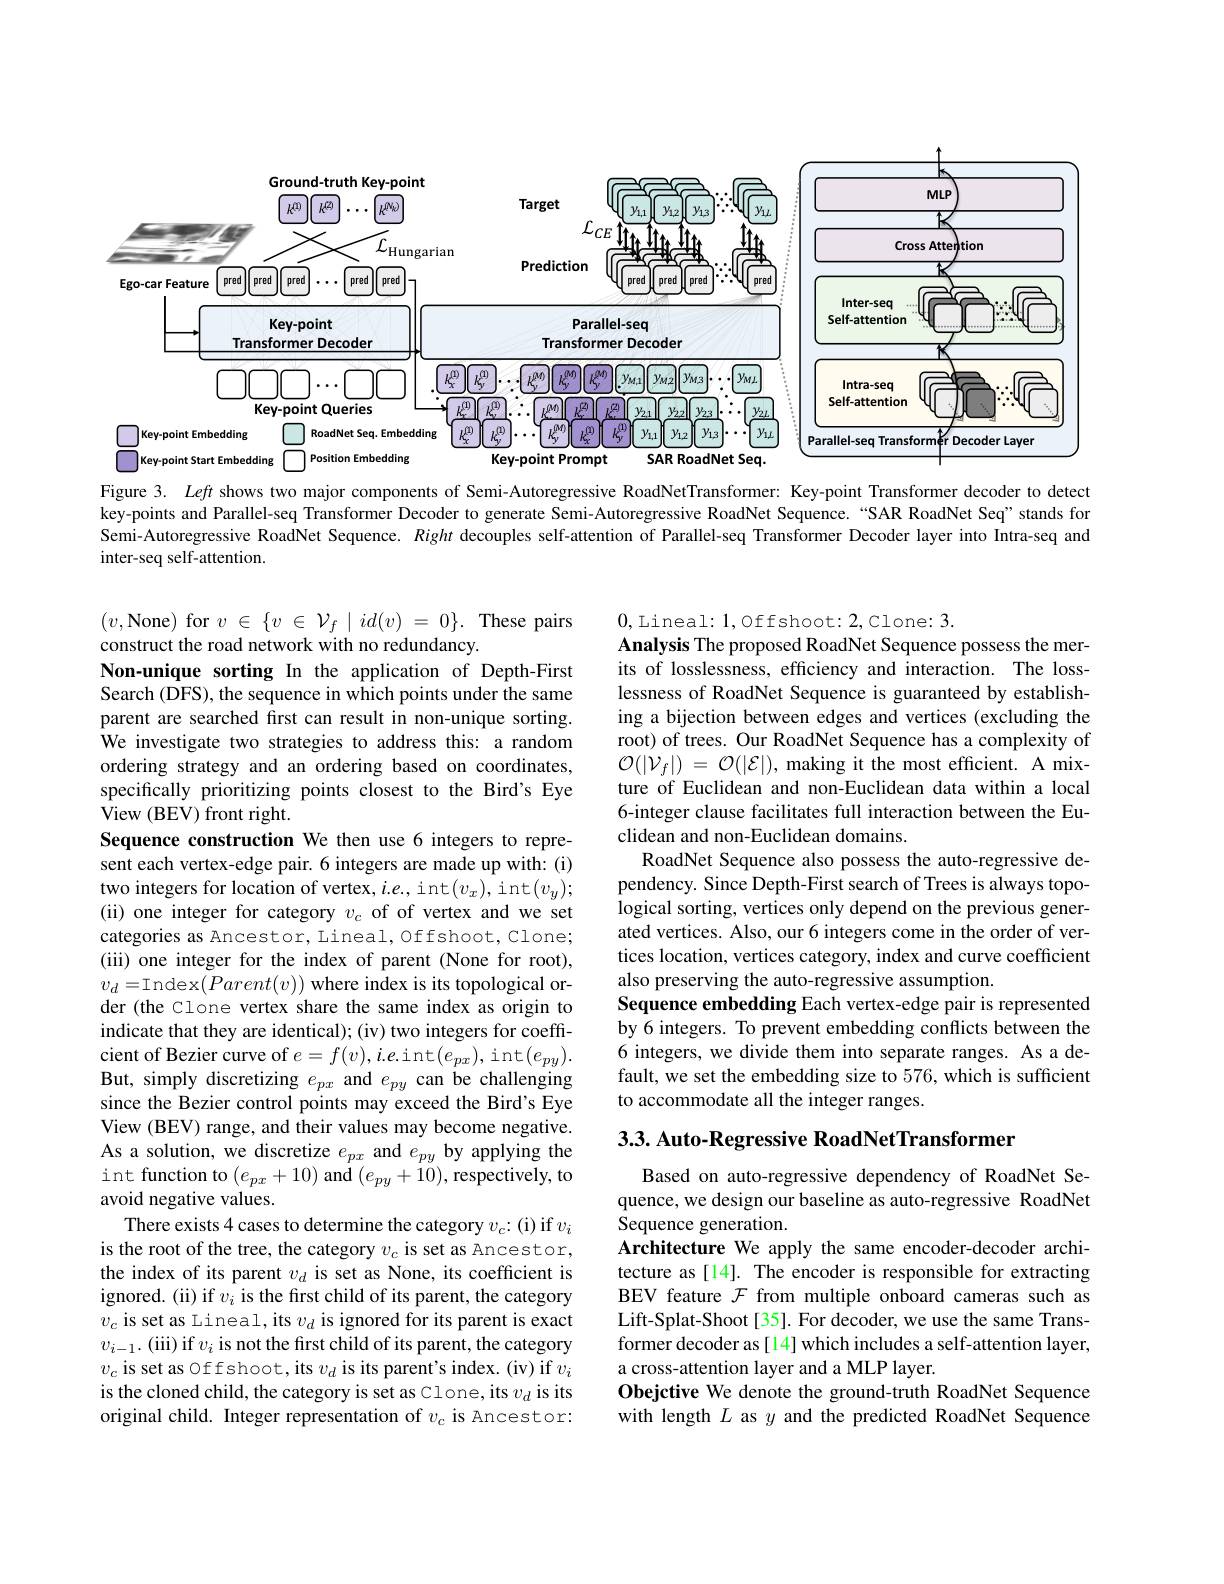
<FigureHere>

Figure 3. Left shows two major components of Semi-Autoregressive RoadNetTransformer: Key-point Transformer decoder to detect key-points and Parallel-seq Transformer Decoder to generate Semi-Autoregressive RoadNet Sequence. "SAR RoadNet Seq" stands for Semi-Autoregressive RoadNet Sequence. Right decouples self-attention of Parallel-seq Transformer Decoder layer into Intra-seq and inter-seq self-attention.

$(v$,None) for$v\in\{v\in\mathcal{V}_f\mid id(v)=0\}.$These pairs
construct the road network with no redundancy.
Non-unique sorting In the application of Depth-First Search (DFS), the sequence in which points under the same parent are searched first can result in non-unique sorting. We investigate two strategies to address this: a random ordering strategy and an ordering based on coordinates, specifically prioritizing points closest to the Bird's Eye View (BEV) front right.
Sequence construction We then use 6 integers to represent each vertex-edge pair. 6 integers are made up with: (i) two integers for location of vertex, i.e., int$(v_x)$,int$(v_y);$ (ii) one integer for category $v_c$ of of vertex and we set categories as Ancestor, Lineal, Offshoot, Clone; (iii) one integer for the index of parent (None for root), $v_{d}=$Index$(Parent(v))$ where index is its topological order (the Clone vertex share the same index as origin to indicate that they are identical); (iv) two integers for coefficient of Bezier curve of $e=f(v),i.e.$int$(e_px)$,int$(e_py).$ But, simply discretizing $e_{px}$ and $e_{py}$ can be challenging since the Bezier control points may exceed the Bird's Eye View (BEV) range, and their values may become negative. As a solution, we discretize $e_px$ and $e_{py}$ by applying the int function to $(e_{px}+10)$ and $(e_{py}+10)$,respectively, to avoid negative values.
There exists 4 cases to determine the category $v_c{:}($i) if $v_i$ is the root of the tree, the category $v_c$ is set as Ancestor, the index of its parent $v_d$ is set as None, its coefficient is ignored. (ii) if $v_i$ is the first child of its parent, the category $v_{c}$ is set as Lineal, its $v_d$ is ignored for its parent is exact $v_{i- 1}.$( iii) if $v_i$ is not the first child of its parent, the category $v_c$ is set as Offshoot, its $v_d$ is its parent's index. (iv) if $v_i$ is the cloned child, the category is set as Clone, its $v_d$ is its original child. Integer representation of $v_c$ is Ancestor:

0,Lineal: 1,Offshoot: 2,Clone: 3.
Analysis The proposed RoadNet Sequence possess the merits of losslessness, efficiency and interaction. The losslessness of RoadNet Sequence is guaranteed by establishing a bijection between edges and vertices (excluding the root) of trees. Our RoadNet Sequence has a complexity of $\mathcal{O}(|\mathcal{V}_{f}|)=\mathcal{O}(|\mathcal{E}|)$, making it the most efficient. A mixture of Euclidean and non-Euclidean data within a local 6-integer clause facilitates full interaction between the Euclidean and non-Euclidean domains.
RoadNet Sequence also possess the auto-regressive dependency. Since Depth-First search of Trees is always topological sorting, vertices only depend on the previous generated vertices. Also, our 6 integers come in the order of vertices location, vertices category, index and curve coefficient also preserving the auto-regressive assumption.
Sequence embedding Each vertex-edge pair is represented by 6 integers. To prevent embedding conflicts between the 6 integers, we divide them into separate ranges. As a default, we set the embedding size to 576, which is sufficient to accommodate all the integer ranges.

3.3. Auto-Regressive RoadNetTransformer

Based on auto-regressive dependency of RoadNet Sequence, we design our baseline as auto-regressive RoadNet Sequence generation.
Architecture We apply the same encoder-decoder architecture as [14]. The encoder is responsible for extracting BEV feature $\mathcal{F}$ from multiple onboard cameras such as Lift-Splat-Shoot[35]. For decoder, we use the same Transformer decoder as[14] which includes a self-attention layer, a cross-attention layer and a MLP layer.
Obejctive We denote the ground-truth RoadNet Sequence with length $L$ as $y$ and the predicted RoadNet Sequence